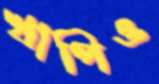
খাপিও